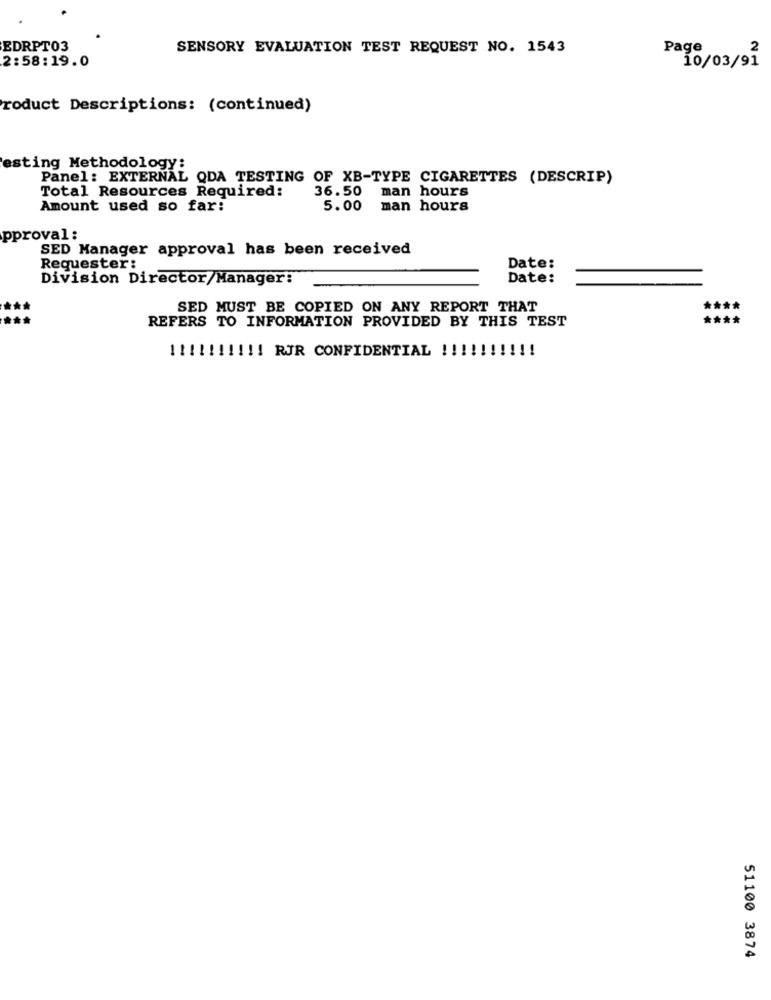
EDRPT03
SENSORY EVALUATION TEST REQUEST NO. 1543
Page
2
2:58:19.0
10/03/91
roduct Descriptions: (continued)
esting Methodology:
Panel: EXTERNAL QDA TESTING OF XB-TYPE CIGARETTES (DESCRIP)
Total Resources Required:
36.50 man hours
Amount used so far:
5.00 man hours
pproval:
SED Manager approval has been received
Requester:
Date:
Division Director/Manager:
Date:
SED MUST BE COPIED ON ANY REPORT THAT
REFERS TO INFORMATION PROVIDED BY THIS TEST
!!! RJR CONFIDENTIAL !!!
51100 3874